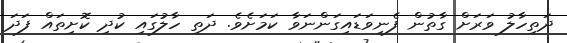
ދަތިހާލު ވަރަށް ގާތުން ފެނިވަޑައިގަންނަވާ ކަމަށެވެ. ދަތި ހާލުގައި ކުދި ކޮށިތައް ފަދަ